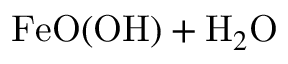
\mathrm { F e O ( O H ) } + \mathrm { H } _ { 2 } \mathrm { O }